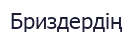
Бриздердің